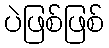
ပဲဖြစ်ဖြစ်